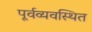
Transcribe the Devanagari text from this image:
पूर्वव्यवस्थित